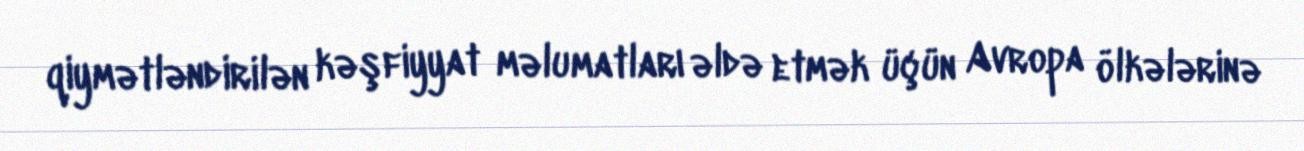
qiymətləndirilən kəşfiyyat məlumatları əldə etmək üçün Avropa ölkələrinə